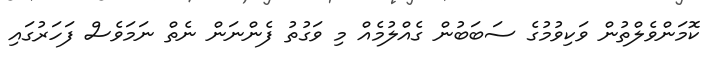
ކޮމަންވެލްތުން ވަކިވުމުގެ ސަބަބުން ގެއްލުމެއް މި ވަގުތު ފެންނަން ނެތް ނަމަވެސް ފަހަރުގައި